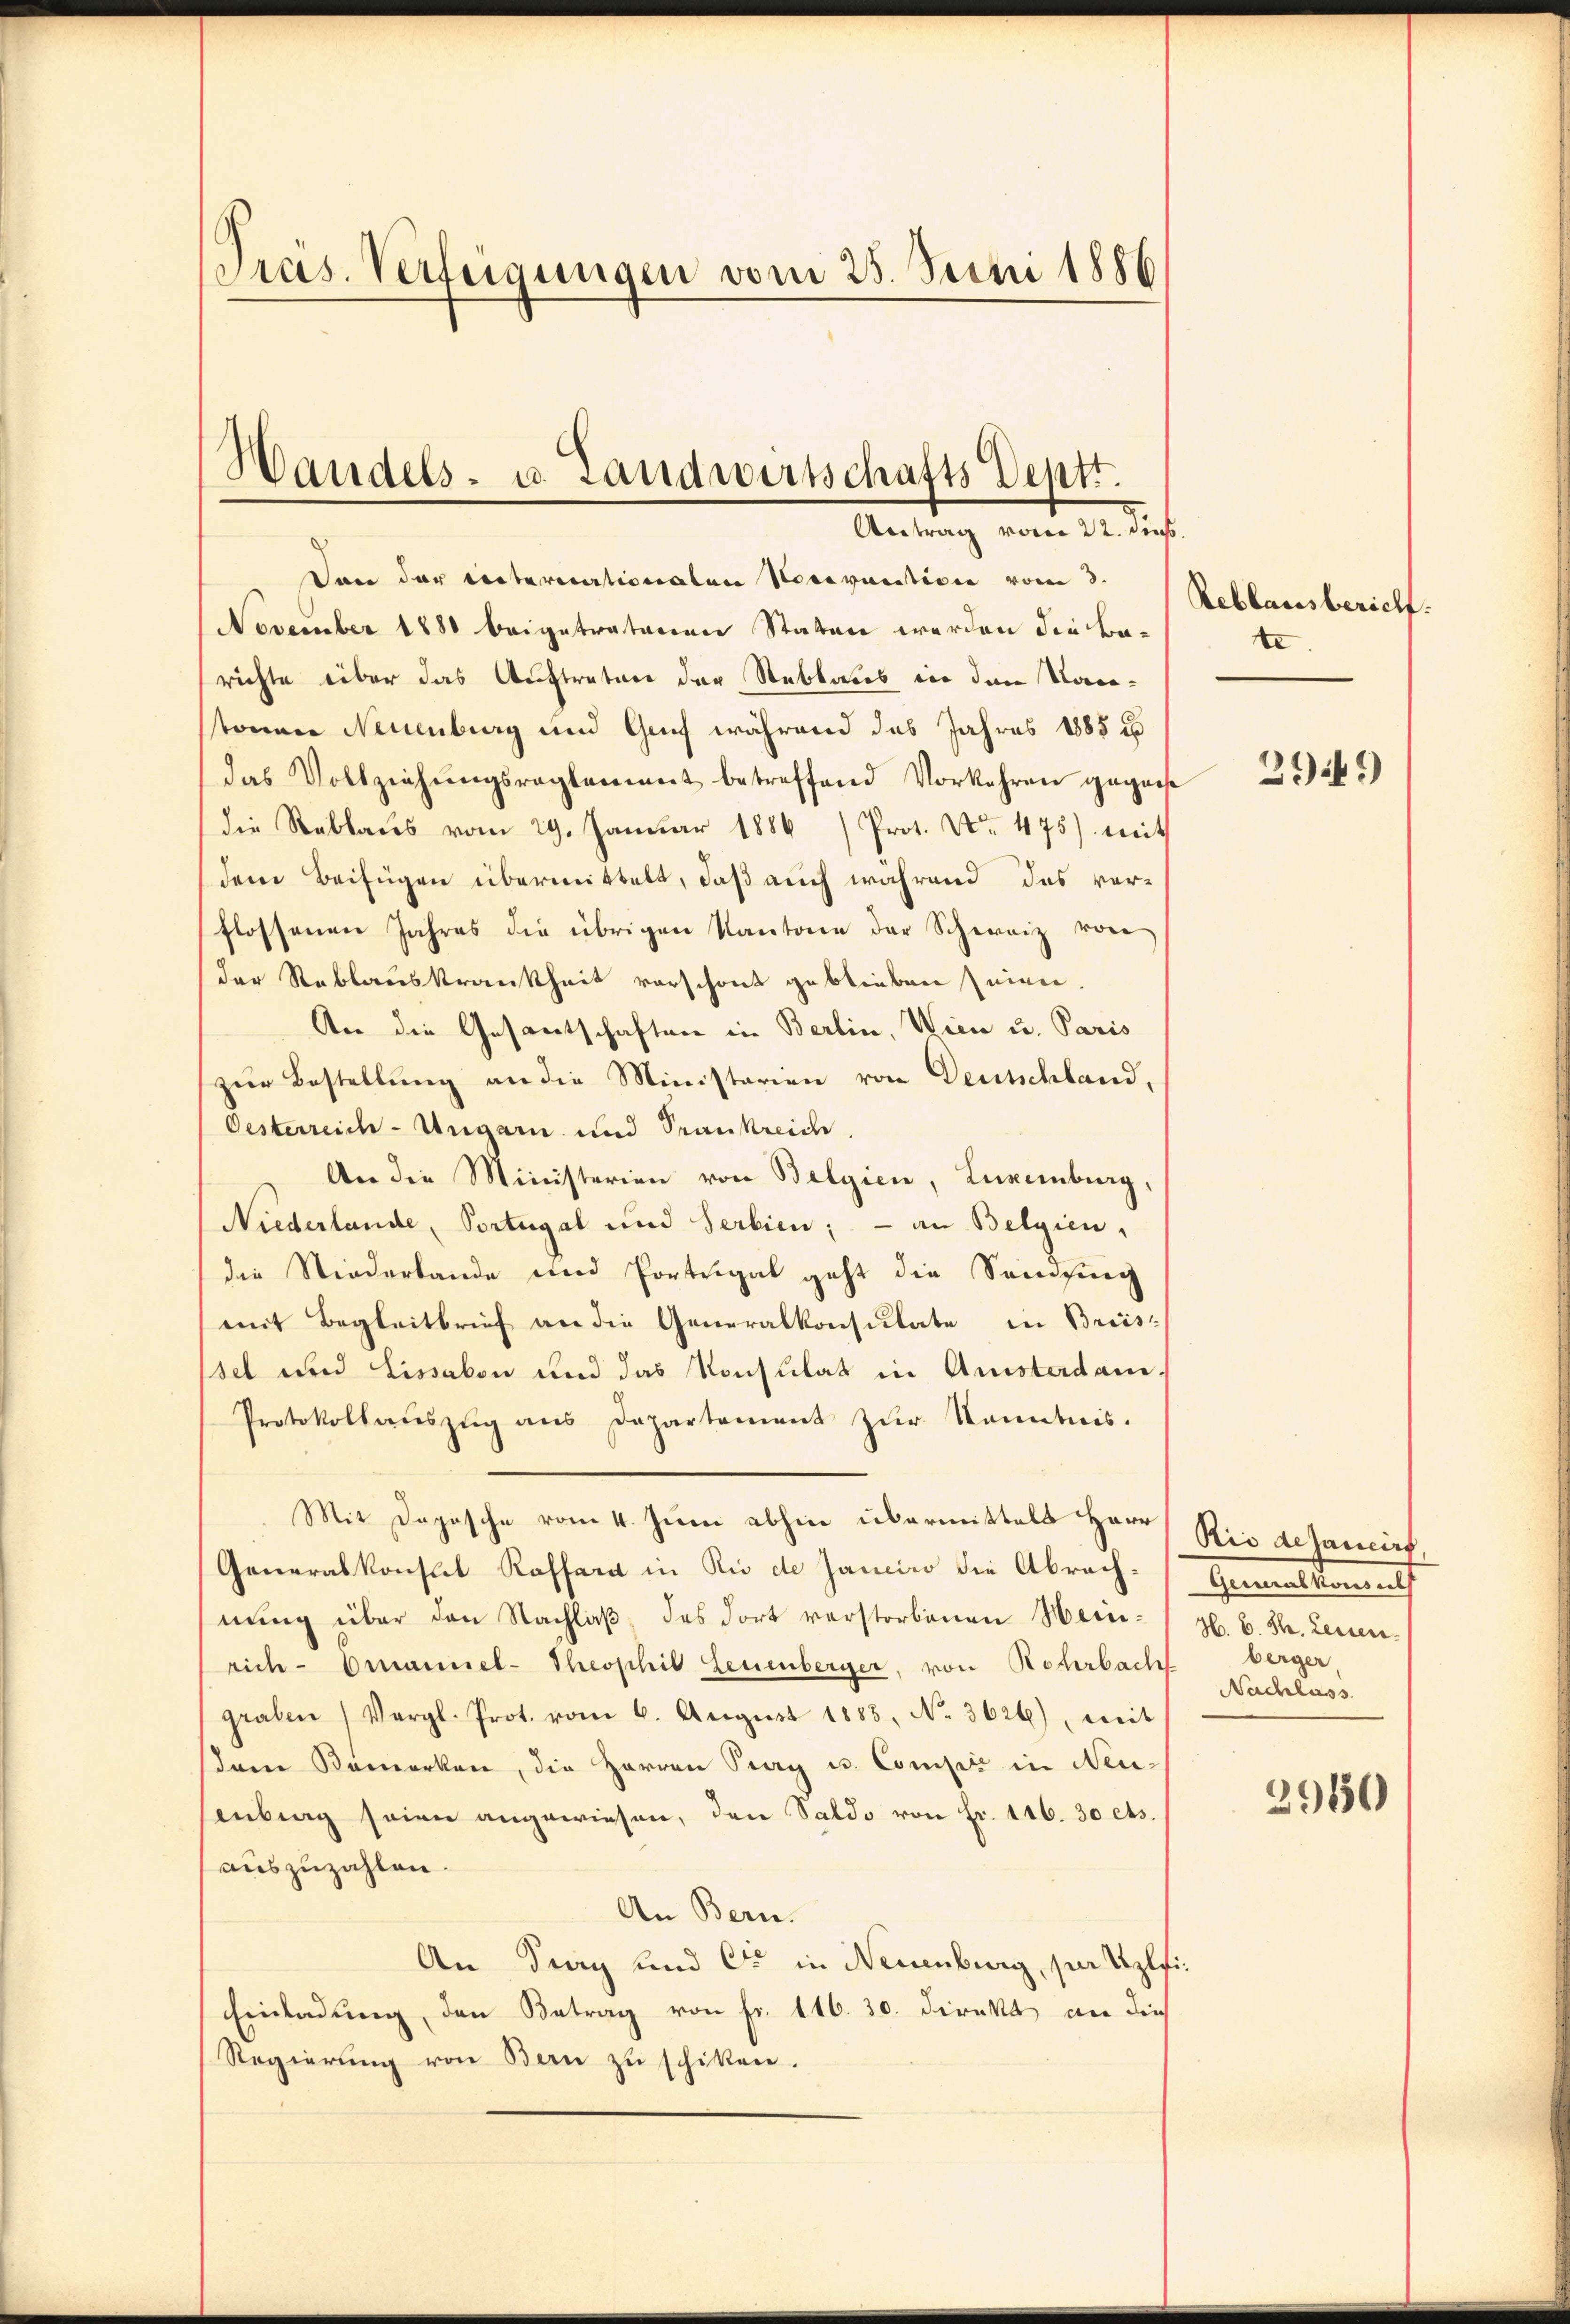
Pras. Verfügungen vom 25. Juni 1886

Dan der unternationalen Hocevantion vom 3.
November 1880 beigetratenen Staten werden die Barichte über das Auftrature der Stablates in dem Kanstonner Neuenburg und Genf während das Jahres 1885 u
das Vollzeichŭngsreglement betreffend Vorkehren gegense
die Reblaŭs vom 29. Januar 1886/ Prot. No. 475) mit
dem Beifügen übermittelt, daß auch während das ver-
flossenen Jahres die übrigen Kantone der Schweiz von
der Stablauskrankheit vorschont geblieben seien.
An die Gesantschaften in Berlin, Wien u. Paris
zŭr Bestellung an die Ministerien von Deutschland,
Oesterreich-Ungarn und Trankreiche
An die Ministerien von Belgien, Luxenburg,
Niederlande, Portugal und Serbien; - an Belgien,
die Niederbande und Porteigel geht die Samsing
mit Begleitbrief an die Generalkonsulate in Breisset und Lissabon und das Konsulat in Ansterdam.
Protokollauszug aus Departement zur Kenntnis.
Mit Dopische vom 4. Juni abhin übermittels Herr
Generalkonsul Raffara in Rio de Jancino die Abrachnung über den Nachlaß, das dort verstorbenen Weinrich- Emanuel-Theophil Leuenberger, von Rohrbach berger,
graben Vergl. Prot. vom 6. Aŭgŭst 1883, No. 3626), weit
dem Bemerken, die Herren Prag u. Compli in Neuenbing seien angewiesen, den Saldo von Fr. 146. 30 cts.
auszuzahlen.
An Bern.
An Prag und Cie in Neuenburg, für Uplfi
Einladung, den Betrag von Fr. 116. 30. Direkt an dies
Regierŭng von Bern zŭ schiken.

Handels- u. Landwirtschafts Dept.
Antrag vom 22. di

Reblansberich.
te

2949

Rio dejanicirt
Gemeisten
H. E. St. Leitere
Nachlass

2960